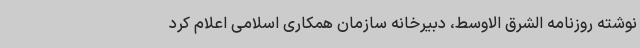
نوشته روزنامه الشرق الاوسط، دبیرخانه سازمان همکاری‌ اسلامی اعلام کرد